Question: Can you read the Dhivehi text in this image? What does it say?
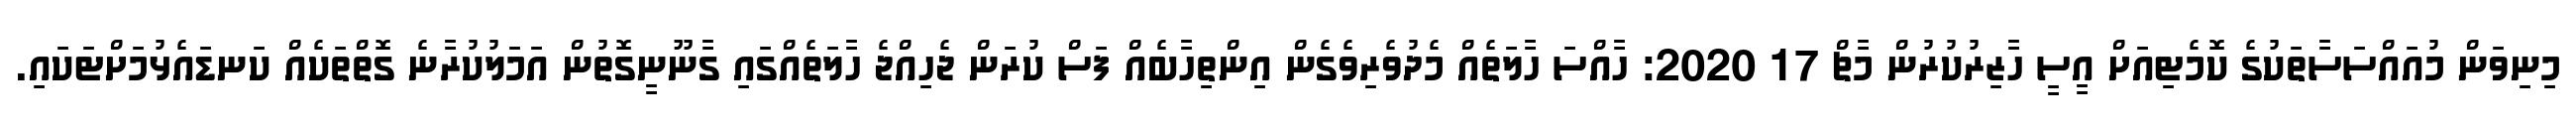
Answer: މިނިވަން މުއައްސަސާތަކުގެ ކޮމެޓިއަށް އީސީ ހާޒިރުކުރުން މާޗް 17 2020: ހާއްސަ ހާލަތެއް މެދުވެރިވެގެން އިންތިހާބެއް ފަސް ކުރަން ޖެހިއްޖެ ހާލަތެއްގައި ގާނޫނީގޮތުން އަމަލުކުރާނެ ގޮތްތަކެއް ކަނޑައެޅުމަށްޓަކައި.